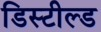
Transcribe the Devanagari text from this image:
डिस्टील्ड